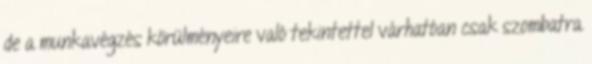
de a munkavégzés körülményeire való tekintettel várhatóan csak szombatra